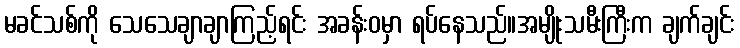
မခင်သစ်ကို သေသေချာချာကြည့်ရင်း အခန်းဝမှာ ရပ်နေသည်။အမျိုးသမီးကြီးက ချက်ချင်း